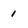
Character: 1